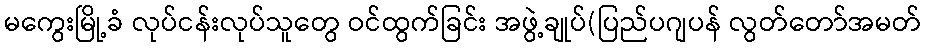
မကွေးမြို့ခံ လုပ်ငန်းလုပ်သူတွေ ဝင်ထွက်ခြင်း အဖွဲ့ချုပ်(ပြည်ပဂျပန် လွတ်တော်အမတ်